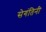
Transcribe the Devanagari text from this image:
सेगंतिनी